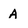
Character: A